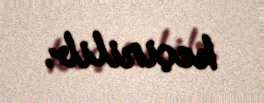
keçirilib.